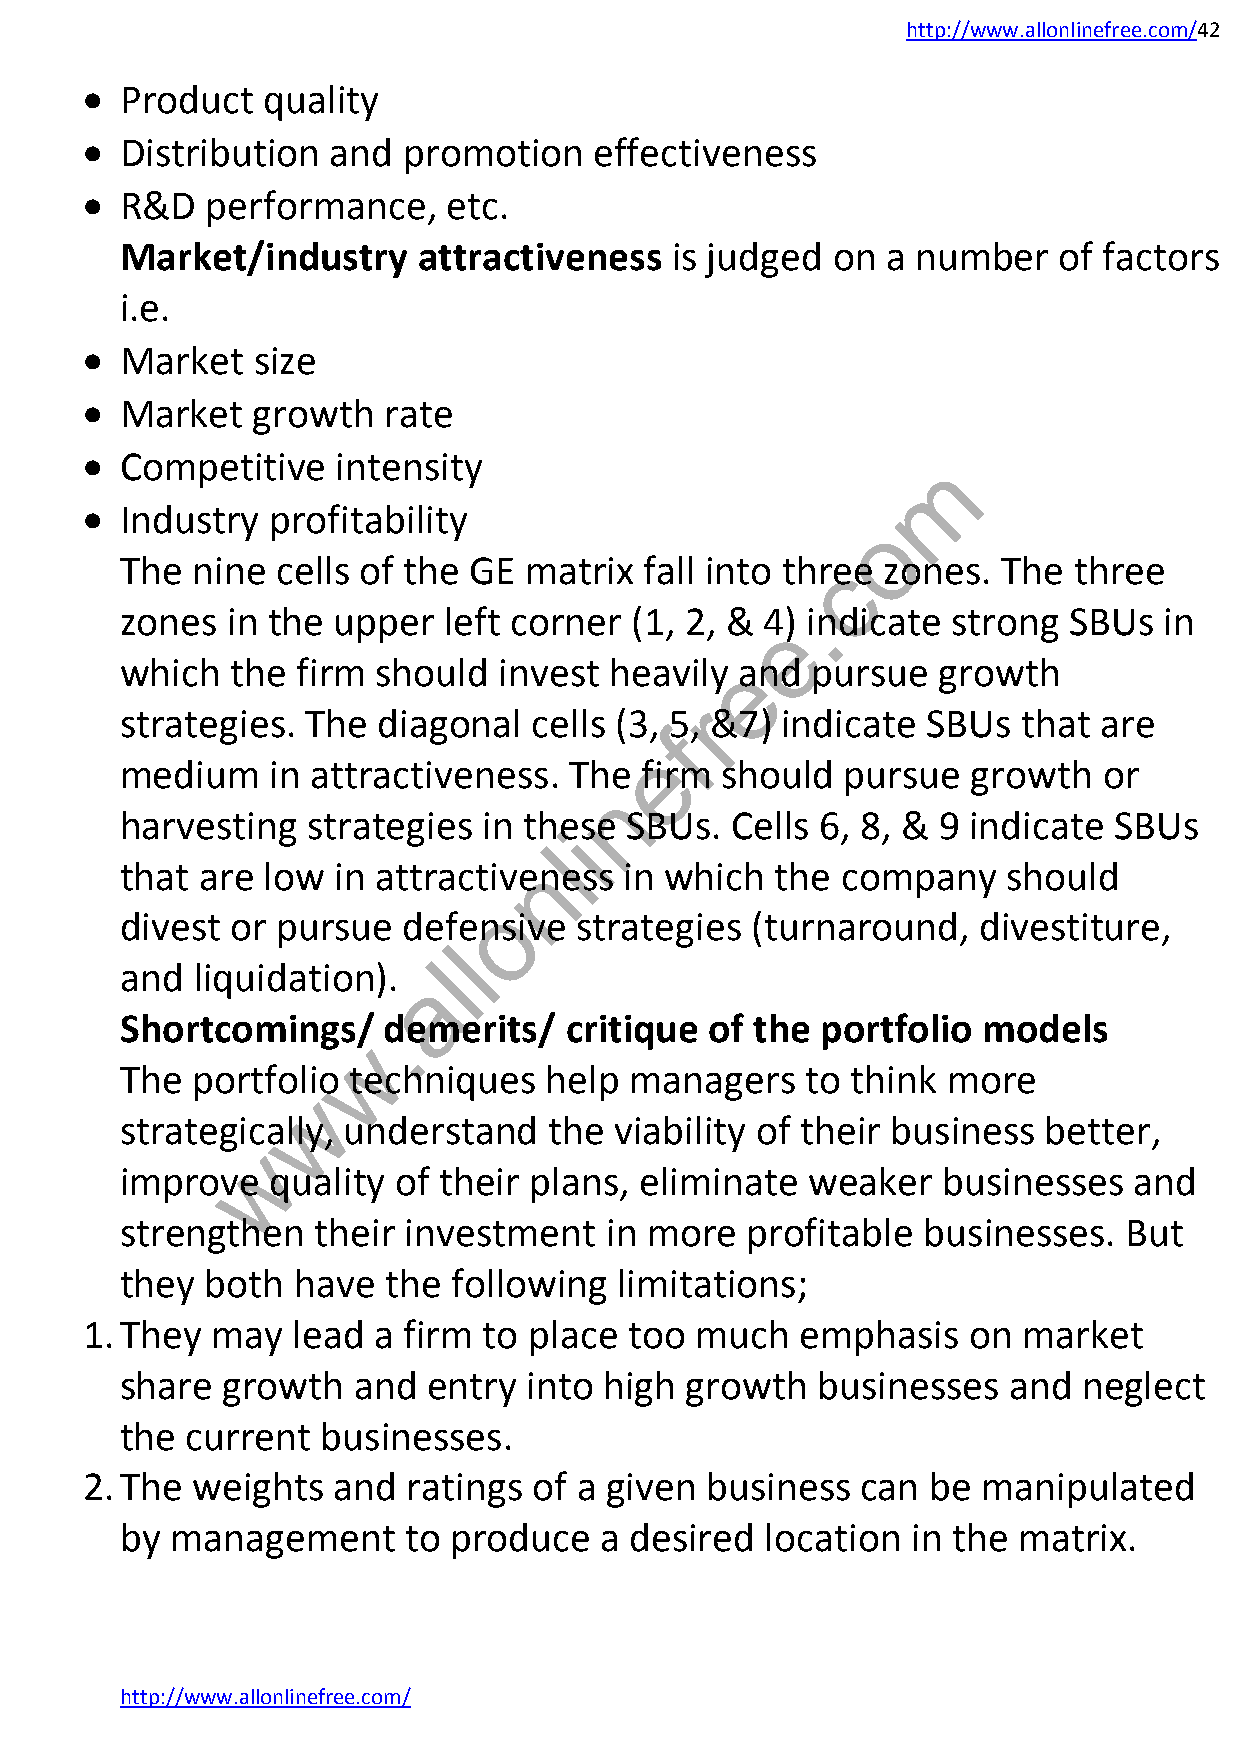
http://www.allonlinefree.com/42
   Product  quality
   Distribution  and  promotion   effectiveness
   R&D   performance,    etc.
 Market/industry     attractiveness  is judged  on  a number   of factors
 i.e.
   Market   size
   Market   growth  rate
   Competitive   intensity                               m
   Industry  profitability
 o
 The  nine cells of the GE  matrix  fall into thrcee zones. The three
 .
 zones  in the upper  left corner  (1, 2, & 4) indicate strong  SBUs  in
 e
 which  the  firm should  invest heavily eand  pursue  growth
 r
 strategies. The  diagonal  cells (3, 5, &7) indicate SBUs   that are
 f
 e
 medium    in attractiveness.  The firm  should  pursue  growth   or
 n
 harvesting  strategies  in these SBUs.  Cells 6, 8, & 9 indicate  SBUs
 i
 l
 n
 that are low  in attractiveness  in which  the  company    should
 o
 divest or pursue   defensive  strategies  (turnaround,   divestiture,
 l
 l
 and  liquidation).
 a
 Shortcomings/.   demerits/   critique  of the portfolio  models
 w
 The  portfolio techniques   help  managers   to think  more
 w
 strategically, understand   the  viability of their business better,
 w
 improve   quality of their plans, eliminate  weaker   businesses   and
 strengthen   their investment   in more  profitable  businesses.  But
 they  both have  the  following  limitations;
 1. They  may  lead  a firm to place  too much   emphasis   on  market
 share  growth  and  entry  into high growth   businesses   and  neglect
 the current  businesses.
 2. The  weights  and  ratings of a given  business  can  be manipulated
 by management      to produce   a desired  location in the matrix.
 http://www.allonlinefree.com/